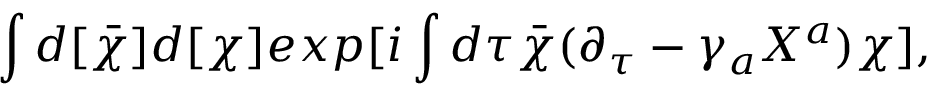
\int d [ { \bar { \chi } } ] d [ \chi ] e x p [ i \int d \tau { \bar { \chi } } ( \partial _ { \tau } - \gamma _ { a } X ^ { a } ) \chi ] ,